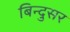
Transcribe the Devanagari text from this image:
बिन्दुसर